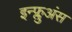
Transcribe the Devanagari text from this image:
इन्फ्लुअंस